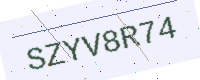
Text: SZYV8R74